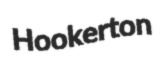
Hookerton